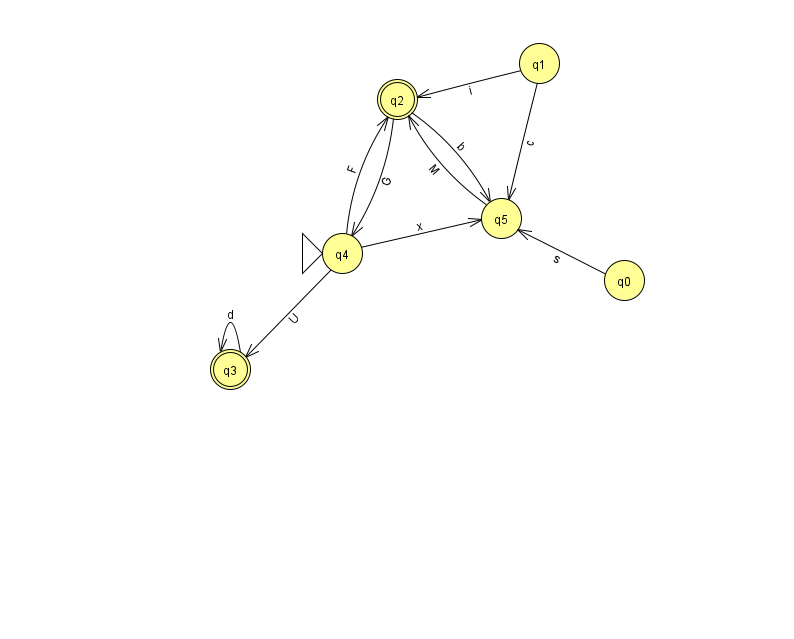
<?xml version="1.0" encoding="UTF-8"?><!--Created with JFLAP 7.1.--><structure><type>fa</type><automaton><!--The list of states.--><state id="0" name="q0"><x>624.0</x><y>267.0</y></state><state id="1" name="q1"><x>539.0</x><y>50.0</y></state><state id="2" name="q2"><x>397.0</x><y>86.0</y><final/></state><state id="3" name="q3"><x>230.0</x><y>356.0</y><final/></state><state id="4" name="q4"><x>342.0</x><y>240.0</y><initial/></state><state id="5" name="q5"><x>501.0</x><y>205.0</y></state><!--The list of transitions.--><transition><from>1</from><to>5</to><read>c</read></transition><transition><from>5</from><to>2</to><read>M</read></transition><transition><from>1</from><to>2</to><read>i</read></transition><transition><from>3</from><to>3</to><read>d</read></transition><transition><from>4</from><to>3</to><read>U</read></transition><transition><from>0</from><to>5</to><read>s</read></transition><transition><from>2</from><to>5</to><read>b</read></transition><transition><from>4</from><to>2</to><read>F</read></transition><transition><from>4</from><to>5</to><read>x</read></transition><transition><from>2</from><to>4</to><read>G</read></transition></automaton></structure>